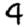
Digit: 4